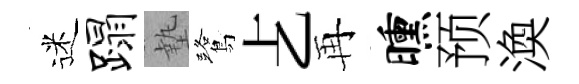
迷蹋墊鷺𠧒再曛预渙